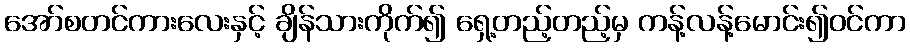
အော်စတင်ကားလေးနှင့် ချိန်သားကိုက်၍ ရှေ့တည့်တည့်မှ ကန့်လန့်မောင်း၍ဝင်ကာ